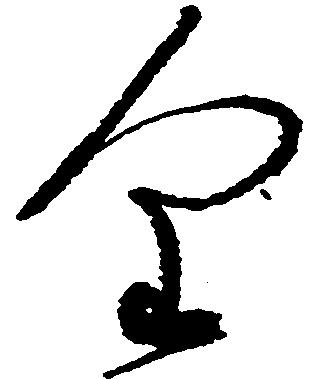
金